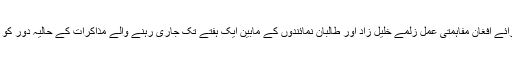
اس وقت تک امریکی نمائندہ خصوصی برائے افغان مفاہمتی عمل زلمے خلیل زاد اور طالبان نمائندوں کے مابین ایک ہفتے تک جاری رہنے والے مذاکرات کے حالیہ دور کو اختتام پذیر ہوئے ایک روز گزر چکا تھا۔